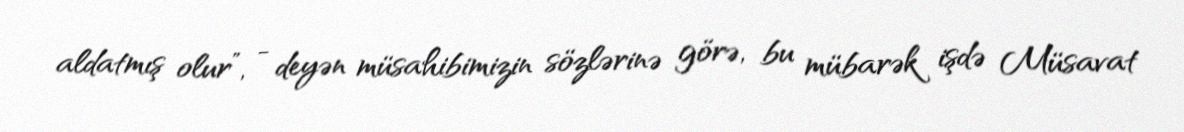
aldatmış olur”, - deyən müsahibimizin sözlərinə görə, bu mübarək işdə Müsavat